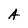
Character: A